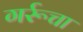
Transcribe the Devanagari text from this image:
गर्रूचा